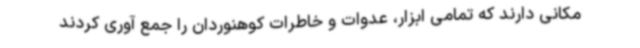
مکانی دارند که تمامی ابزار، عدوات و خاطرات کوهنوردان را جمع آوری کردند